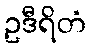
ဥဒီရိတံ